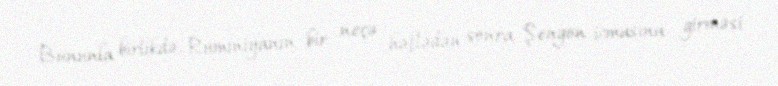
Bununla birlikdə, Rumıniyanın bir neçə həftədən sonra Şengen icmasına girməsi